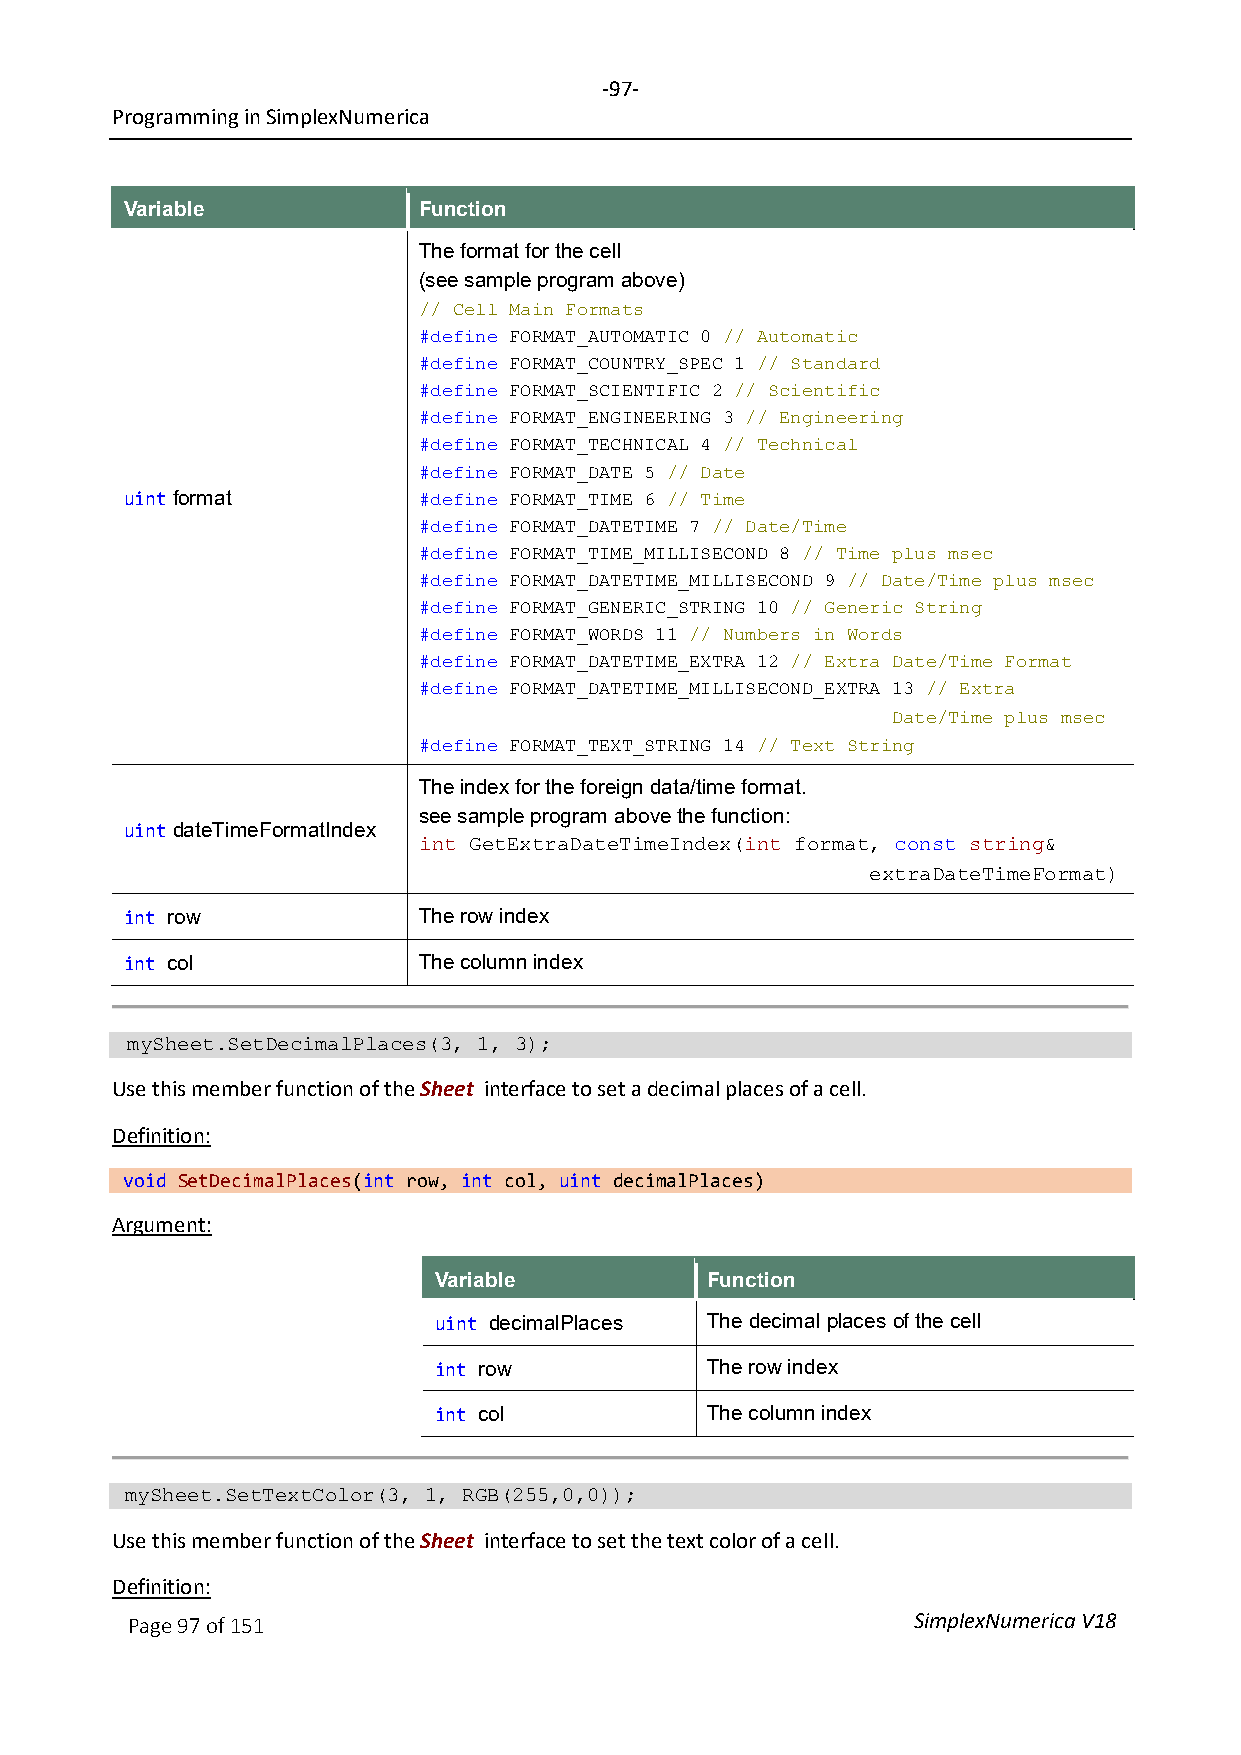
-97-
 Programming in SimplexNumerica
 Variable            Function
 The format for the cell
 (see sample program above)
 // Cell Main Formats
 #define FORMAT_AUTOMATIC 0 // Automatic
 #define FORMAT_COUNTRY_SPEC 1 // Standard
 #define FORMAT_SCIENTIFIC 2 // Scientific
 #define FORMAT_ENGINEERING 3 // Engineering
 #define FORMAT_TECHNICAL 4 // Technical
 #define FORMAT_DATE 5 // Date
 uint format
 #define FORMAT_TIME 6 // Time
 #define FORMAT_DATETIME 7 // Date/Time
 #define FORMAT_TIME_MILLISECOND 8 // Time plus msec
 #define FORMAT_DATETIME_MILLISECOND 9 // Date/Time plus msec
 #define FORMAT_GENERIC_STRING 10 // Generic String
 #define FORMAT_WORDS 11 // Numbers in Words
 #define FORMAT_DATETIME_EXTRA 12 // Extra Date/Time Format
 #define FORMAT_DATETIME_MILLISECOND_EXTRA 13 // Extra
 Date/Time plus msec
 #define FORMAT_TEXT_STRING 14 // Text String
 The index for the foreign data/time format.
 see sample program above the function:
 uint dateTimeFormatIndex
 int GetExtraDateTimeIndex(int format, const string&
 extraDateTimeFormat)
 int row             The row index
 int col             The column index
 mySheet.SetDecimalPlaces(3, 1, 3);
 Use this member function of the Sheet interface to set a decimal places of a cell.
 Definition:
 void SetDecimalPlaces(int row, int col, uint decimalPlaces)
 Argument:
 Variable          Function
 uint decimalPlaces The decimal places of the cell
 int row           The row index
 int col           The column index
 mySheet.SetTextColor(3, 1, RGB(255,0,0));
 Use this member function of the Sheet interface to set the text color of a cell.
 Definition:
 Page 97 of 151                                      SimplexNumerica V18